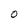
Character: 0